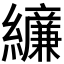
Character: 𫄔